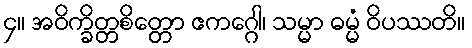
၄။ အဝိက္ခိတ္တစိတ္တော ဧကဂ္ဂေါ၊ သမ္မာ ဓမ္မံ ဝိပဿတိ။